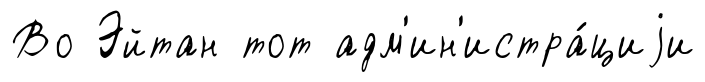
Во Эйтан тот адм'ин'истра́циjи